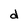
Character: d